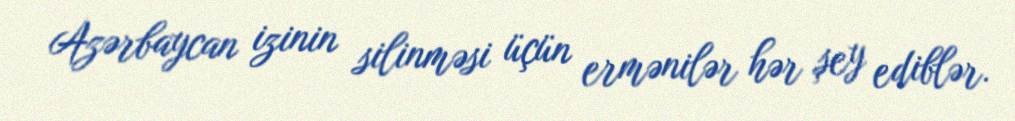
Azərbaycan izinin silinməsi üçün ermənilər hər şey ediblər.